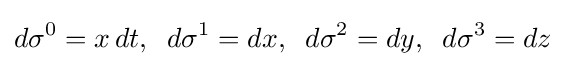
d\sigma ^{0}=x\,dt,\;\;d\sigma ^{1}=dx,\;\;d\sigma ^{2}=dy,\;\;d\sigma ^{3}=dz